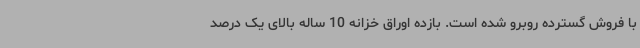
با فروش گسترده روبرو شده است. بازده اوراق خزانه 10 ساله بالای یک درصد